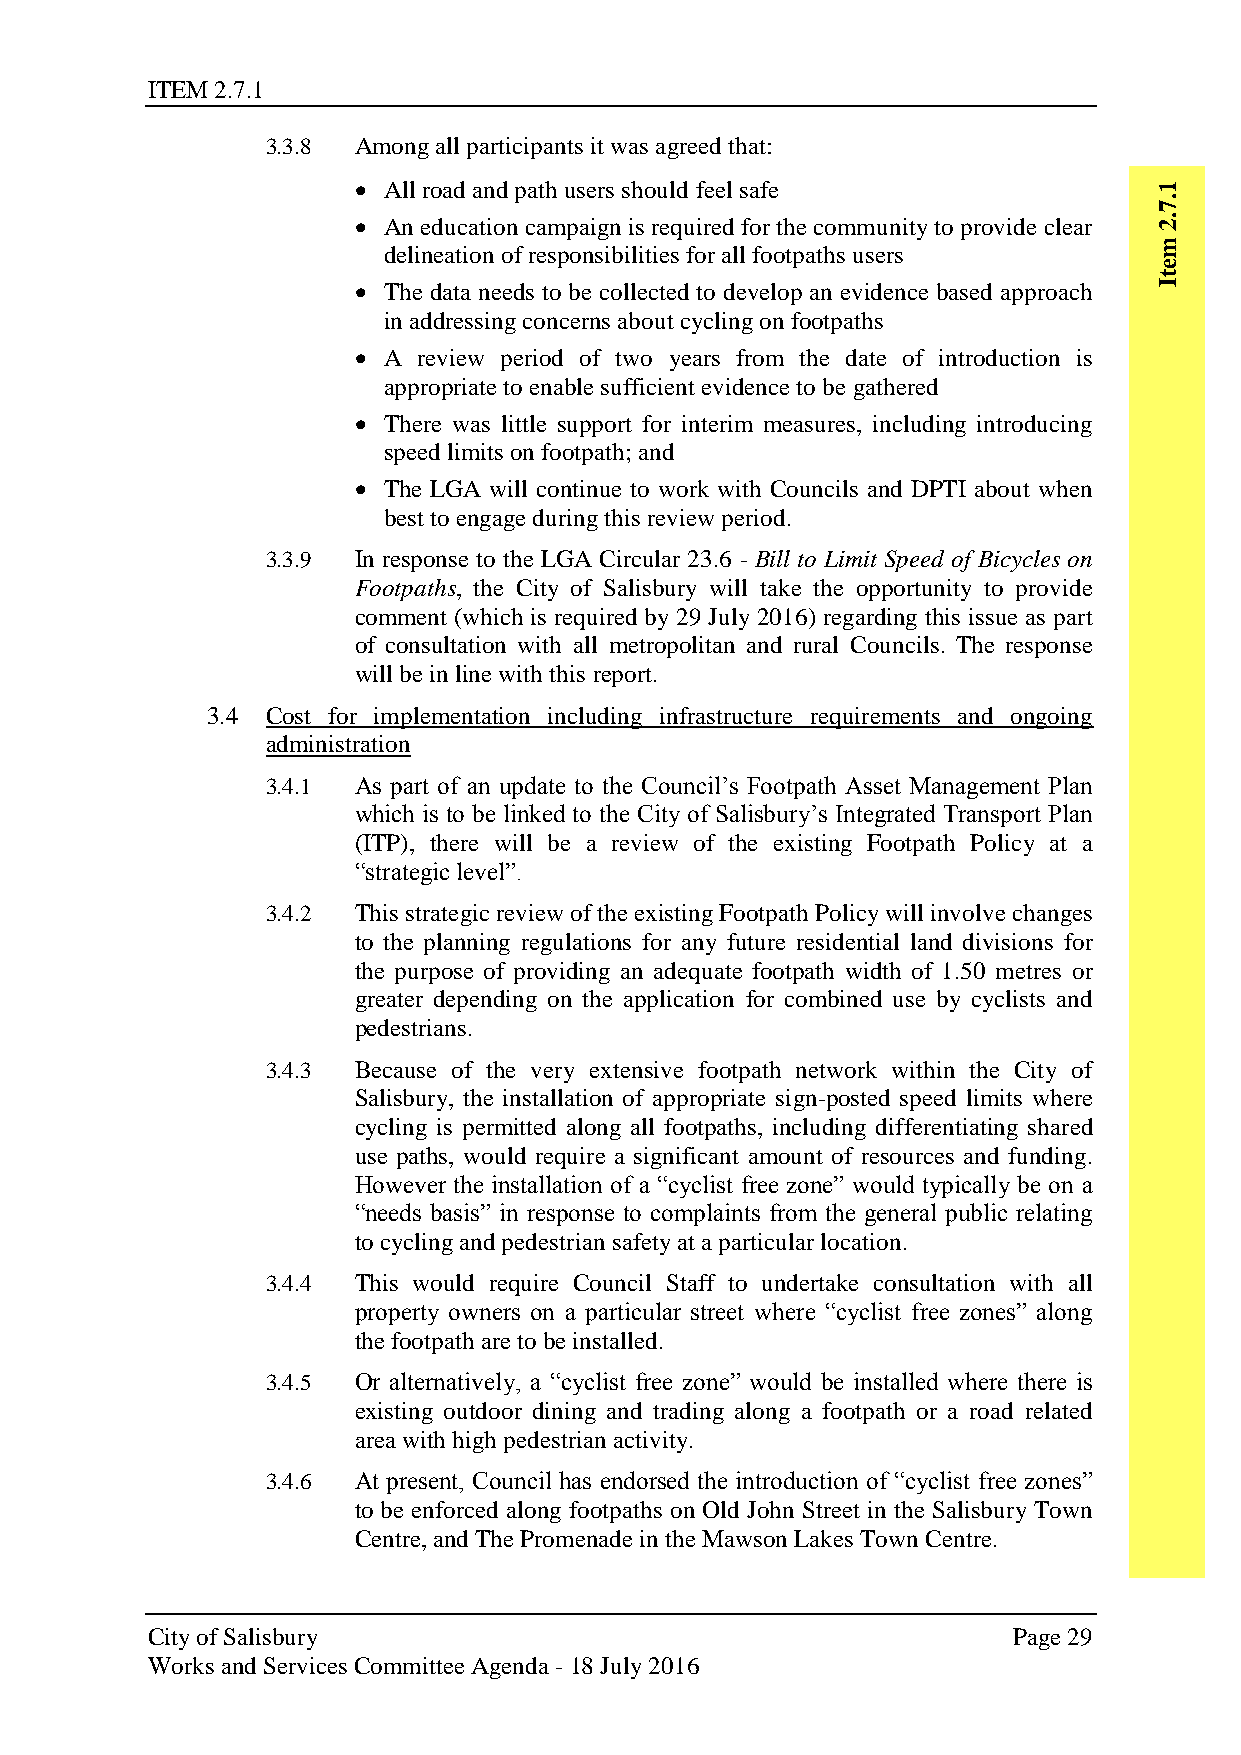
ITEM 2.7.1
 3.3.8 Among all participants it was agreed that:
  All road and path users should feel safe           1
 .7
  An education campaign is required for the community to provide clear .2
 m
 delineation of responsibilities for all footpaths users
 e
 t
  The data needs to be collected to develop an evidence based approach I
 in addressing concerns about cycling on footpaths
  A review period of two years from the date of introduction is
 appropriate to enable sufficient evidence to be gathered
  There was little support for interim measures, including introducing
 speed limits on footpath; and
  The LGA will continue to work with Councils and DPTI about when
 best to engage during this review period.
 3.3.9 In response to the LGA Circular 23.6 - Bill to Limit Speed of Bicycles on
 Footpaths, the City of Salisbury will take the opportunity to provide
 comment (which is required by 29 July 2016) regarding this issue as part
 of consultation with all metropolitan and rural Councils. The response
 will be in line with this report.
 3.4 Cost for implementation including infrastructure requirements and ongoing
 administration
 3.4.1 As part of an update to the Council’s Footpath Asset Management Plan
 which is to be linked to the City of Salisbury’s Integrated Transport Plan
 (ITP), there will be a review of the existing Footpath Policy at a
 “strategic level”.
 3.4.2 This strategic review of the existing Footpath Policy will involve changes
 to the planning regulations for any future residential land divisions for
 the purpose of providing an adequate footpath width of 1.50 metres or
 greater depending on the application for combined use by cyclists and
 pedestrians.
 3.4.3 Because of the very extensive footpath network within the City of
 Salisbury, the installation of appropriate sign-posted speed limits where
 cycling is permitted along all footpaths, including differentiating shared
 use paths, would require a significant amount of resources and funding.
 However the installation of a “cyclist free zone” would typically be on a
 “needs basis” in response to complaints from the general public relating
 to cycling and pedestrian safety at a particular location.
 3.4.4 This would require Council Staff to undertake consultation with all
 property owners on a particular street where “cyclist free zones” along
 the footpath are to be installed.
 3.4.5 Or alternatively, a “cyclist free zone” would be installed where there is
 existing outdoor dining and trading along a footpath or a road related
 area with high pedestrian activity.
 3.4.6 At present, Council has endorsed the introduction of “cyclist free zones”
 to be enforced along footpaths on Old John Street in the Salisbury Town
 Centre, and The Promenade in the Mawson Lakes Town Centre.
 City of Salisbury                                        Page 29
 Works and Services Committee Agenda - 18 July 2016